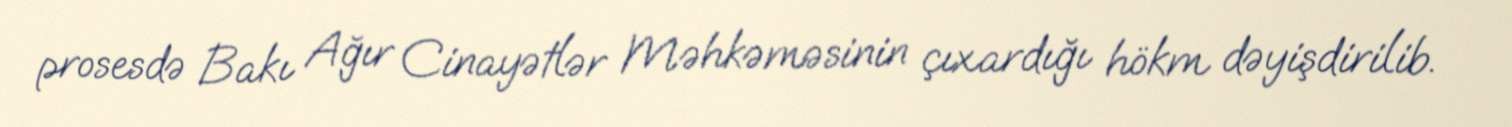
prosesdə Bakı Ağır Cinayətlər Məhkəməsinin çıxardığı hökm dəyişdirilib.